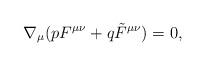
LaTeX: \begin{align*}\nabla _{\mu}(pF^{\mu \nu} + q\tilde F^{\mu \nu}) = 0,\end{align*}